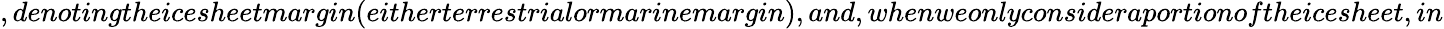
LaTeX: ,denotingtheicesheetmargin(eitherterrestrialormarinemargin),and,whenweonlyconsideraportionoftheicesheet,in